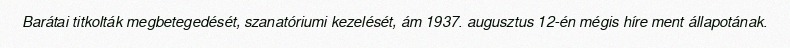
Barátai titkolták megbetegedését, szanatóriumi kezelését, ám 1937. augusztus 12-én mégis híre ment állapotának.